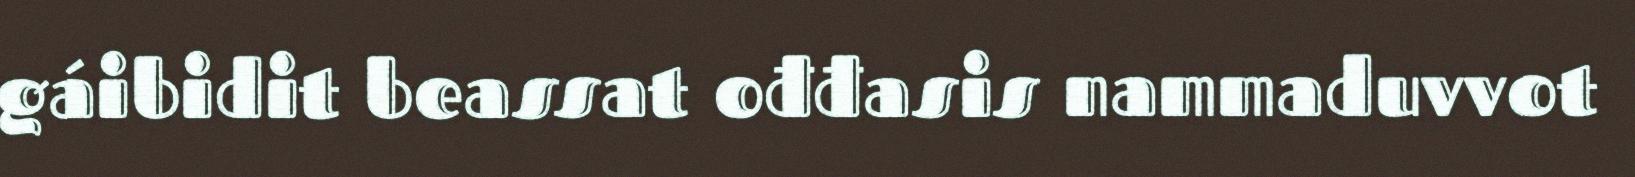
gáibidit beassat ođđasis nammaduvvot